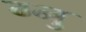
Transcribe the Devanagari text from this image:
ग्नु